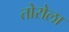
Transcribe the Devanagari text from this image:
तोरोला